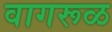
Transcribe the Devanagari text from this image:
वागरूळ